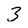
Character: 3